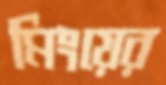
মিংয়ের